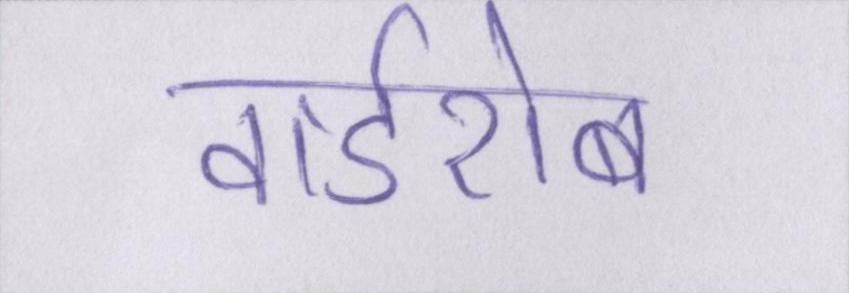
वार्डरोब